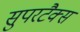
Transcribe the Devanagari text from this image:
सुपरटैक्स